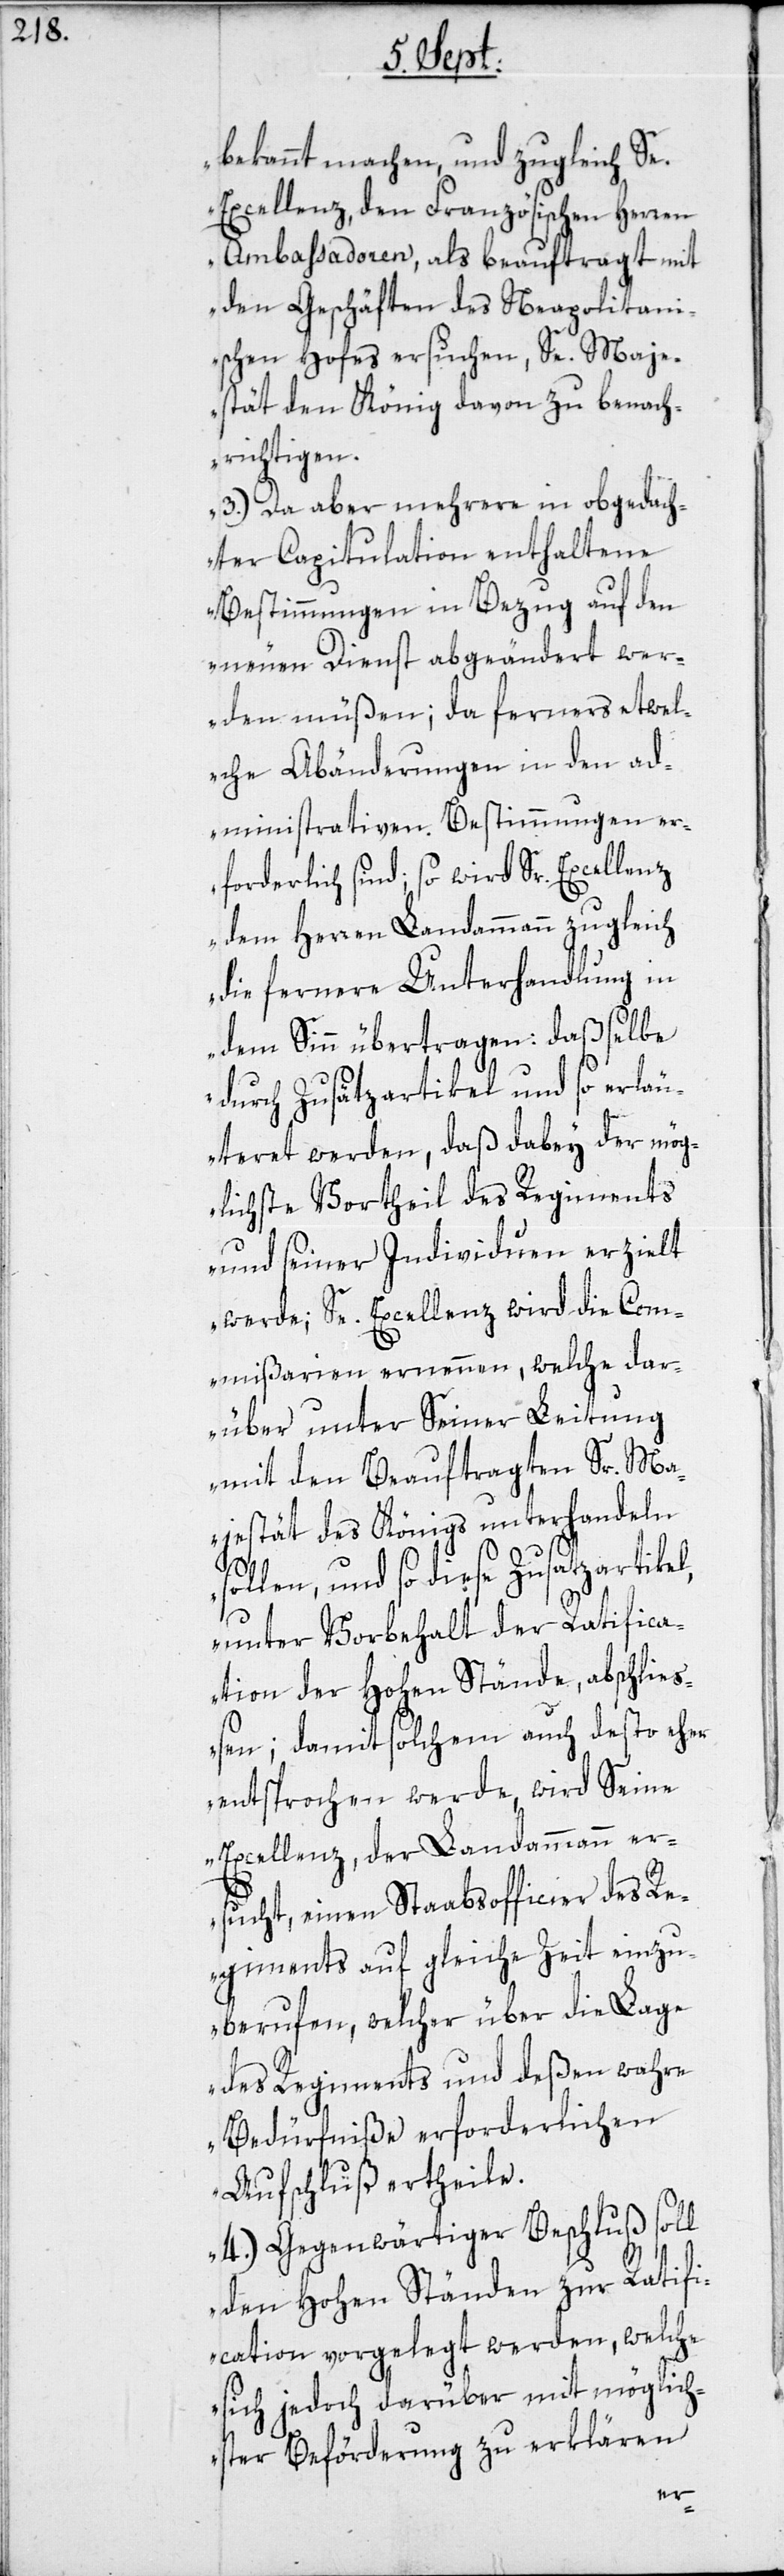
bekannt machen, und zugleich Se.
Excellenz, den Französischen Herren
Ambassadoren, als beauftragt mit
den Geschäften des Neapolitani¬
schen Hofes ersuchen, Se. Maje¬
stät den König davon zu benach¬
richtigen.
3.) Da aber mehrere in obgedach¬
ter Capitulation enthaltene
Bestimmungen in Bezug auf den
neuen Dienst abgeändert wer¬
den müßen; da ferners etwel¬
che Abänderungen in den ad¬
ministrativen Bestimmungen er¬
forderlich sind, so wird Sr. Excellenz
dem Herren Landammann zugleich
die fernere Unterhandlung in
dem Sinn übertragen: daßselbe
durch Zusätzartikel und so erläu¬
teret werden, daß dabey der mög¬
lichste Vortheil des Regiments
und seiner Individuen erzielt
werde; Se. Excellenz wird die Com¬
mißarien ernennen, welche dar¬
über unter Seiner Leitung
mit dem Beauftragten Sr. Ma¬
jestät des Königs unterhandeln
sollen, und so diese Zusatzartikel,
unter Vorbehalt der Ratifica¬
tion der Hohen Stände, abschließ¬
en; damit solchem auch desto eher
entsprochen werde, wird Seine
Excellenz, der Landammann er¬
sucht, einen Staabsofficier des Re¬
giments auf gleiche Zeit einzu¬
berufen, welcher über die Lage
des Regiments und deßen wahre
Bedürfniße erforderlichen
Aufschluß ertheile.
4.) Gegenwärtiger Beschluß soll
den Hohen Ständen zur Ratifi¬
cation vorgelegt werden, welche
sich jedoch darüber mit möglich¬
ster Beförderung zu erklären